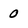
Character: 0